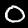
Digit: 0